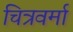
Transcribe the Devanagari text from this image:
चित्रवर्मा